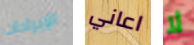
الإيرادات اعاني لا